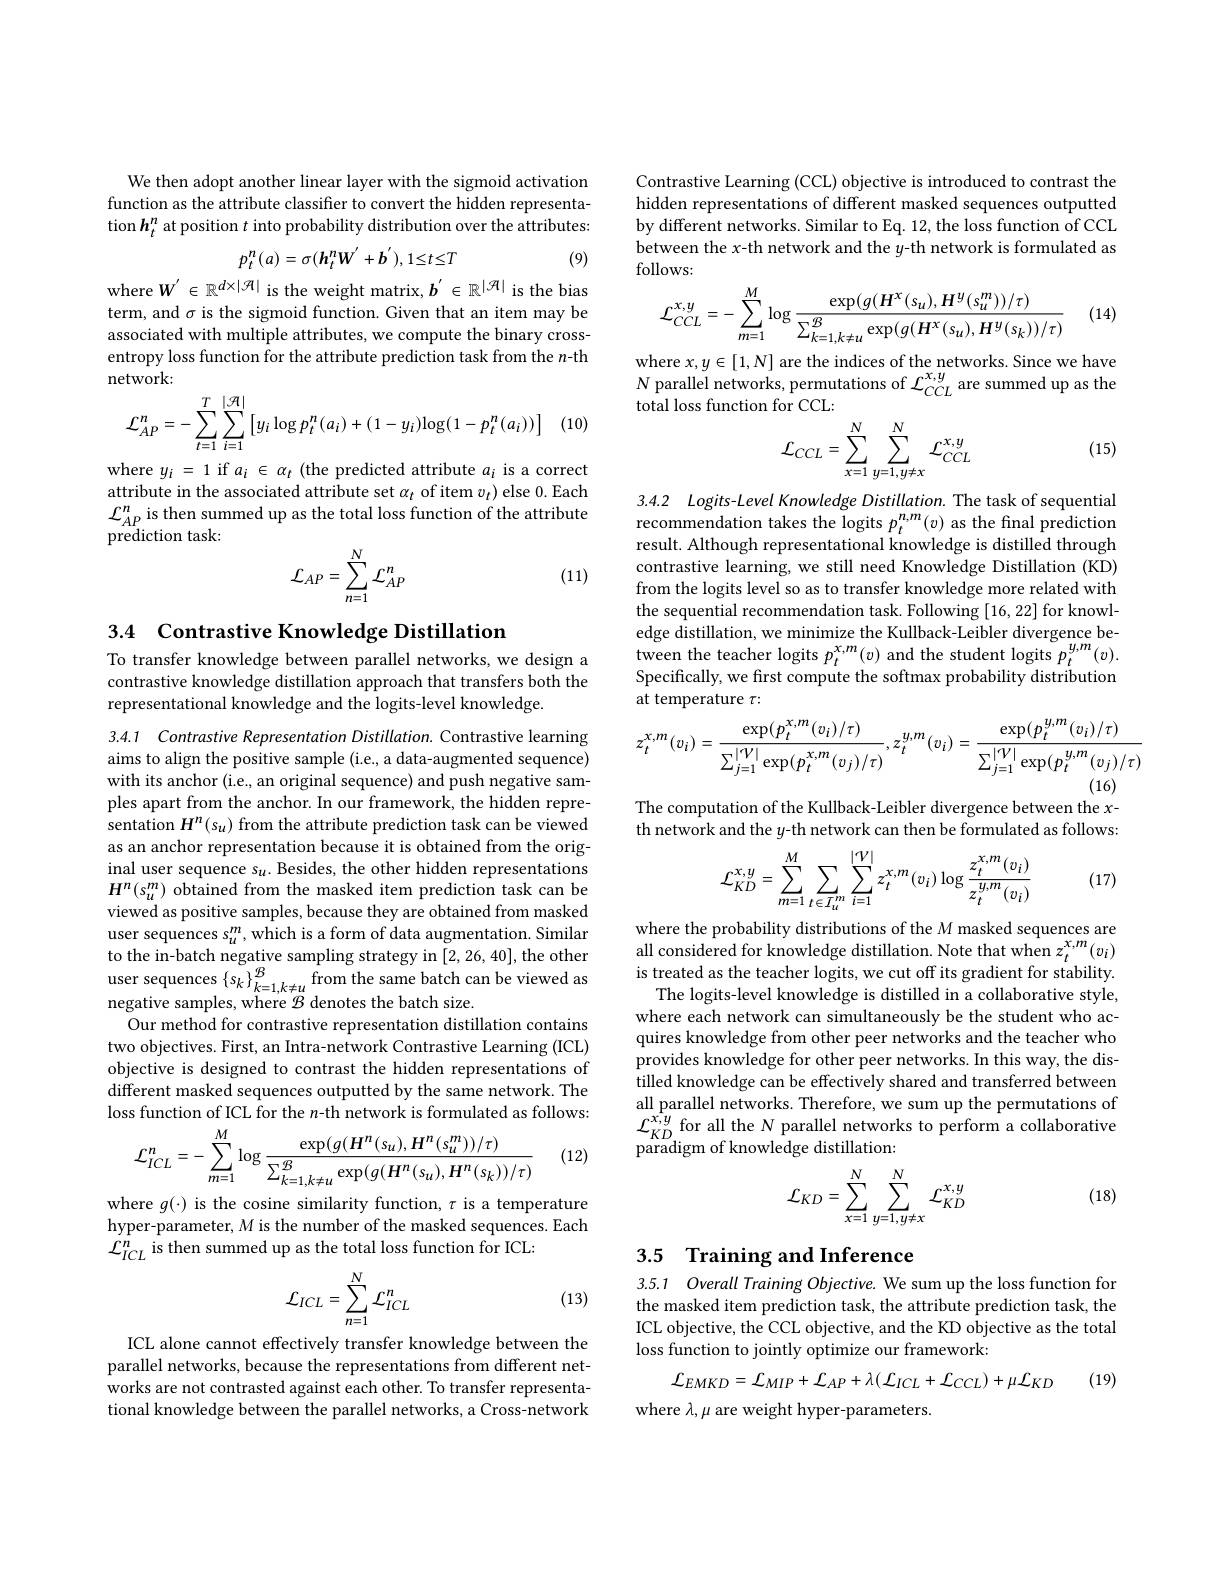
We then adopt another linear layer with the sigmoid activation function as the attribute classifier to convert the hidden representation $h_t^n$ at position $t$ into probability distribution over the attributes:
$$p_{t}^{n}(a)=\sigma(\boldsymbol{h}_{t}^{n}\boldsymbol{W}^{'}+\boldsymbol{b}^{'}),1\leq t\leq T$$
(9)

where $W^{\prime}\in\mathbb{R}^{d\times|\mathcal{H}|}$ is the weight matrix, $\boldsymbol b^{\prime}\in\mathbb{R}^{|\mathcal{H}|}$ is the bias term, and $\sigma$ is the sigmoid function. Given that an item may be associated with multiple attributes, we compute the binary crossentropy loss function for the attribute prediction task from the $n$-th network:
$$\mathcal{L}_{AP}^n=-\sum_{t=1}^T\sum_{i=1}^{|\mathcal{R}|}\left[y_i\log p_t^n(a_i)+(1-y_i)\log(1-p_t^n(a_i))\right]$$
(1C

where $y_i=1$ if $a_i\in\alpha_t$ (the predicted attribute $a_i$ is a correct attribute in the associated attribute set $\alpha_t$ of item $v_t)$ else 0. Each $\begin{array}{l}{\mathcal{L}_{AP}^{n}\text{ is then summed up as the total loss function of the attribute}}\\{\text{prediction task:}}\\\end{array}$
$$\mathcal{L}_{AP}=\sum_{n=1}^N\mathcal{L}_{AP}^n$$
(11)

3.4 Contrastive Knowledge Distillation

To transfer knowledge between parallel networks, we design a contrastive knowledge distillation approach that transfers both the representational knowledge and the logits-level knowledge.

3.4.1 Contrastive Representation Distillation. Contrastive learning aims to align the positive sample (i.e., a data-augmented sequence) with its anchor (i.e., an original sequence) and push negative samples apart from the anchor. In our framework, the hidden representation $H^n(s_u)$ from the attribute prediction task can be viewed as an anchor representation because it is obtained from the original user sequence $s_u.$ Besides, the other hidden representations $H^n(s_u^m)$ obtained from the masked item prediction task can be viewed as positive samples, because they are obtained from masked user sequences $s_{u}^{m}$,which is a form of data augmentation. Similar to the in- batch negative sampling strategy in [ 2, 26, 40] , the other user sequences $\{ s_{k}\} _{k= 1, k\neq u}^{\mathcal{B} }$ from the same batch can be viewed as neativa camnlec whera negative samples, where $\mathcal{B}$ denotes the batch size.
Our method for contrastive representation distillation contains two objectives. First, an Intra-network Contrastive Learning (ICL) objective is designed to contrast the hidden representations of different masked sequences outputted by the same network. The loss function of ICL for the $n$-th network is formulated as follows:
$$\mathcal{L}_{ICL}^{n}=-\sum_{m=1}^{M}\log\frac{\exp(g(H^{n}(s_{u}),H^{n}(s_{u}^{m}))/\tau)}{\sum_{k=1,k\neq u}^{B}\exp(g(H^{n}(s_{u}),H^{n}(s_{k}))/\tau)}$$
(12)

where $g(\cdot)$ is the cosine similarity function, $\tau$ is a temperature hyper-parameter, $M$ is the number of the masked sequences. Each $\mathcal{L}_{ICL}^n$ is then summed up as the total loss function for ICL:

(13)
$$\mathcal{L}_{ICL}=\sum_{n=1}^N\mathcal{L}_{ICL}^n$$
ICL alone cannot effectively transfer knowledge between the parallel networks, because the representations from different networks are not contrasted against each other. To transfer representational knowledge between the parallel networks, a Cross-network

Contrastive Learning (CCL) objective is introduced to contrast the hidden representations of different masked sequences outputted by different networks. Similar to Eq. 12, the loss function of CCL between the x-th network and the $y$-th network is formulated as follows:
$$\mathcal{L}_{CCL}^{x,y}=-\sum_{m=1}^{M}\log\frac{\exp(g(H^x(s_u),H^y(s_u^m))/\tau)}{\sum_{k=1,k\neq u}^{B}\exp(g(H^x(s_u),H^y(s_k))/\tau)}$$
(14)

where $x, y\in [ 1, N]$ are the indices of the networks. Since we have $N$ parallel networks, permutations of $\mathcal{L} _{CCL}^{x, y}$ are summed up as the tal loss function for CCI:
total loss function for CCL:
$$\mathcal{L}_{CCL}=\sum_{x=1}^N\sum_{y=1,y\neq x}^N\mathcal{L}_{CCL}^{x,y}$$
(15)

3.4.2 Logits- Level Knowledge Distillation. The task of sequential recommendation takes the logits $p_t^{n,m}(v)$ as the final prediction

result. Although representational knowledge is distilled through contrastive learning, we still need Knowledge Distillation (KD) from the logits level so as to transfer knowledge more related with the sequential recommendation task. Following [16,22] for knowledge distillation, we minimize the Kullback-Leibler divergence between the teacher logits $p_t^{x,m}(v)$ and the student logits $p_t^{y,m}(v).$ Specifically, we first compute the softmax probability distribution at temperature $\tau:$
$$z_{t}^{x,m}(v_{i})=\frac{\exp(p_{t}^{x,m}(v_{i})/\tau)}{\sum_{j=1}^{|V|}\exp(p_{t}^{x,m}(v_{j})/\tau)},z_{t}^{y,m}(v_{i})=\frac{\exp(p_{t}^{y,m}(v_{i})/\tau)}{\sum_{j=1}^{|V|}\exp(p_{t}^{y,m}(v_{j})/\tau)}$$
The computation of the Kullback-Leibler divergence between the $x$- th network and the $y$-th network can then be formulated as follows:
$$\mathcal{L}_{KD}^{x,y}=\sum_{m=1}^{M}\sum_{t\in I_{u}^{m}}\sum_{i=1}^{|\mathcal{V}|}z_{t}^{x,m}(v_{i})\log\frac{z_{t}^{x,m}(v_{i})}{z_{t}^{y,m}(v_{i})}$$
(17)

where the probability distributions of the $M$ masked sequences are all considered for knowledge distillation. Note that when $z_t^{x,m}(v_i)$ is treated as the teacher logits, we cut off its gradient for stability.
The logits-level knowledge is distilled in a collaborative style, where each network can simultaneously be the student who acquires knowledge from other peer networks and the teacher who provides knowledge for other peer networks. In this way, the distilled knowledge can be effectively shared and transferred between all parallel networks. Therefore, we sum up the permutations of $\mathcal{L}_{KD}^{x,y}$ for all the N parallel networks to perform a collaborative $\overset{\Lambda D}{\operatorname*{\operatorname*{paradigm}}}$of knowledge distillation:
$$\mathcal{L}_{KD}=\sum_{x=1}^{N}\sum_{y=1,y\neq x}^{N}\mathcal{L}_{KD}^{x,y}$$
(18)

## 3.5 Training and Inference

3.5.1 Overall Training Objective. We sum up the loss function for the masked item prediction task, the attribute prediction task, the ICL objective, the CCL objective, and the KD objective as the total loss function to jointly optimize our framework:
$${\mathcal L}_{EMKD}={\mathcal L}_{MIP}+{\mathcal L}_{AP}+\lambda({\mathcal L}_{ICL}+{\mathcal L}_{CCL})+\mu{\mathcal L}_{KD}$$
(19)

where $\lambda,\mu$ are weight hyper-parameters.